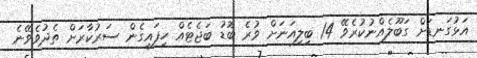
އަޅުގަނޑަށް ގަބޫލެއްނުކުރެވޭ 14 ބިލިއަނަށް ވުރެ ބޮޑު ބަޖެޓެއް ހިފައިގެން ސަރުކާރަށް ތެދުވެވޭނެ